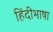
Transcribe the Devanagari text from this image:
हिंदीभाषा